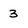
Character: 3